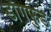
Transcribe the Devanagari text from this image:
डॉगफुड